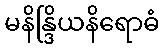
မနိန္ဒြိယနိရောဓံ